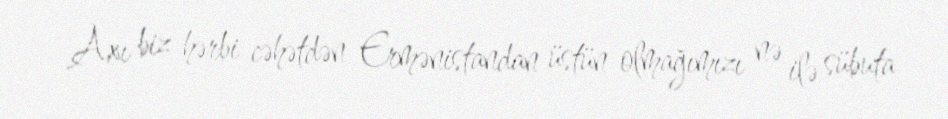
Axı biz hərbi cəhətdən Ermənistandan üstün olmağımızı nə ilə sübuta